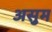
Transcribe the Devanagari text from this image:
असुम